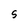
Character: S